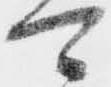
可